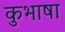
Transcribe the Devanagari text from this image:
कुभाषा